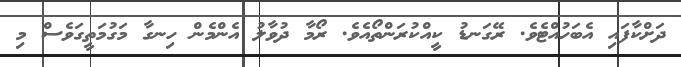
ދަށްކާފައި އެބަހުއްޓެވެ. ރޭގަނޑު ކީއްކުރަންތޯއެވެ. ރޯމާ ދުވާލު އެންމެން ހިނގާ މަގުމަތީގަވެސް މި